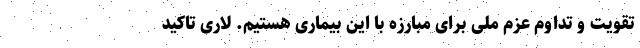
تقویت و تداوم عزم ملی برای مبارزه با این بیماری هستیم. لاری تاکید